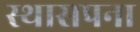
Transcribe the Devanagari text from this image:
स्थासपना